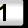
Digit: 1